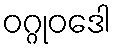
ဝဂ္ဂုဝဒေါ